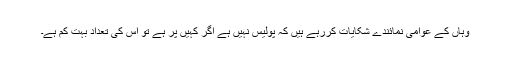
وہاں کے عوامی نمائندے شکایات کررہے ہیں کہ پولیس نہیں ہے اگر کہیں پر ہے تو اس کی تعداد بہت کم ہے۔